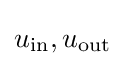
u_{\mathrm {in} },u_{\mathrm {out} }